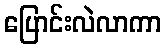
ပြောင်းလဲလာကာ